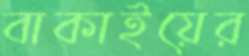
বাকাইয়ের